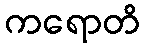
ကရောတိ